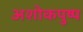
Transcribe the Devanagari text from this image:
अशोकपुष्प